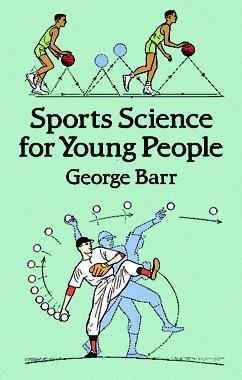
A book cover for Sports Science for Young People Sports Science for Young People; George Barr; Sports & Outdoors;